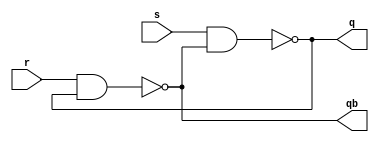
//5.Implement SR latch in gate level modelling and verify using test bench.

module sr_Latch (
    input s, r, output q, qb
);
    nand n1(q, s, qb);
    nand n2(qb, r, q);
endmodule

module sr_Latch_tb (
    
);

    reg s,r;
    wire q,qb;
    sr_Latch DUT(s,r,q,qb);

    initial begin
        $monitor("S = %d, R = %d, Q = %d, Qb = %d",s,r,q,qb);
        s = 0; r= 0;
        #5 r = 1;
        #5 r = 0;
        #5 s = 1;
        #5 s = 0;
        #5 r = 1;
        #5 r = 0;
        #5 s = 1;
        #5 s = 0;
        #10 $finish;
    end
    
endmodule